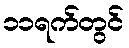
၁၁ရက်တွင်